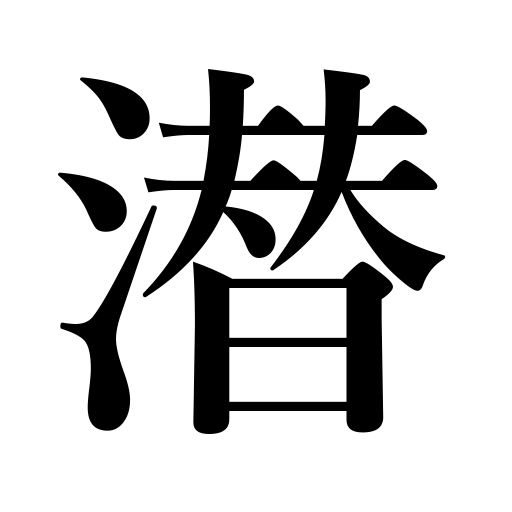
Meanings: lower the voice,be hidden,dive,conceal,hide,lurk,crawl into,lie dormant,get into